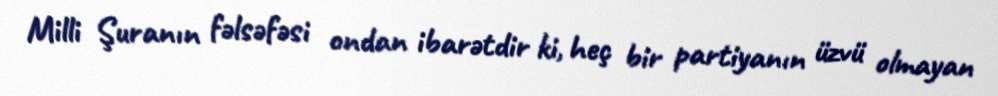
Milli Şuranın fəlsəfəsi ondan ibarətdir ki, heç bir partiyanın üzvü olmayan